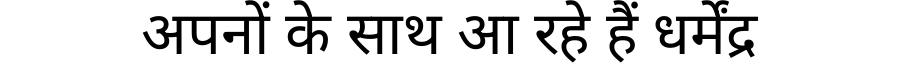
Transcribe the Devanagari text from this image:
अपनों के साथ आ रहे हैं धर्मेंद्र